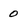
Character: 0